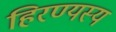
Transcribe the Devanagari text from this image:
हिरण्यस्य